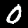
Label: 0